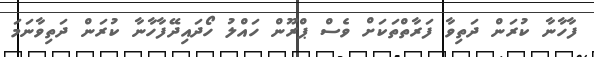
ފާހާނާ ކުރަން ދަތިވާ ފަރާތްތަކަށް ވެސް ޕްރޫން ހައްލު ހޯދައިދޭފާހާނާ ކުރަން ދަތިވާނަމަ